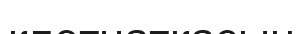
клетчаткасын